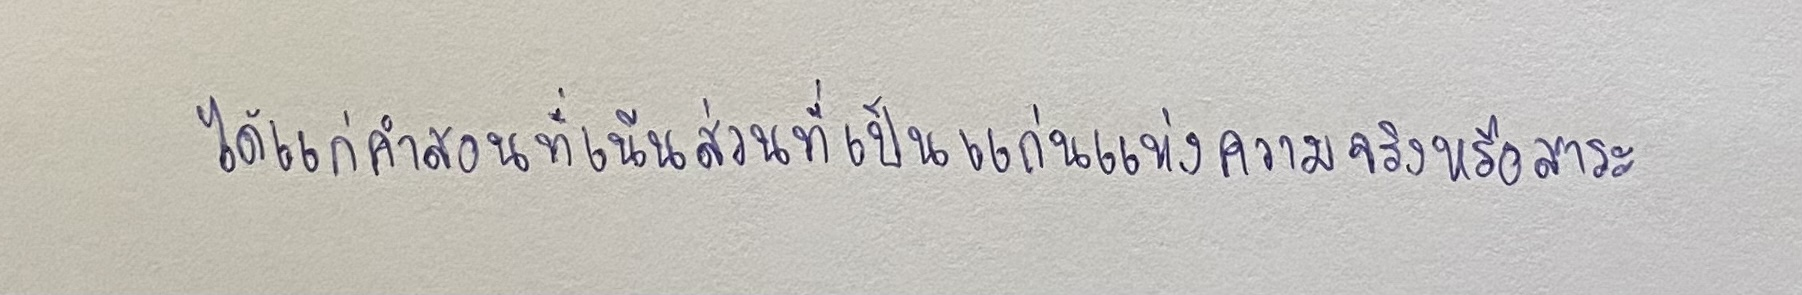
ได้แก่คำสอนที่เน้นส่วนที่เป็นแก่นแห่งความจริงหรือสาระ